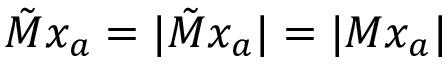
\tilde { M } x _ { a } = | \tilde { M } x _ { a } | = | M x _ { a } |